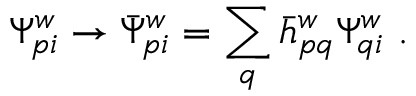
\Psi _ { p i } ^ { w } \to \bar { \Psi } _ { p i } ^ { w } = \sum _ { q } \bar { h } _ { p q } ^ { w } \Psi _ { q i } ^ { w } ~ .